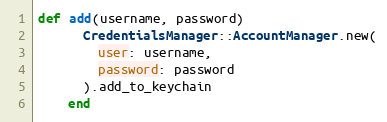
Language: Ruby
def add(username, password)
      CredentialsManager::AccountManager.new(
        user: username,
        password: password
      ).add_to_keychain
    end